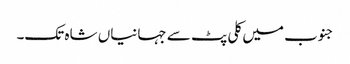
جنوب میں کلی پٹ سے جہانیاں شاہ تک۔